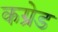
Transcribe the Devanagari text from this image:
कग्रेड